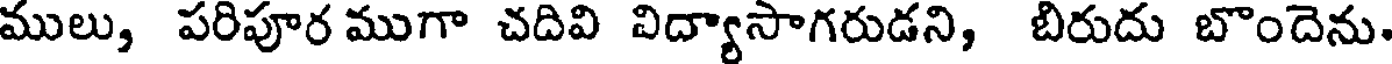
ములు, పరిపూర ముగా చదివి విద్యాసాగరుడని, బిరుదు బొందెను